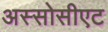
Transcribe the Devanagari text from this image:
अस्सोसीएट